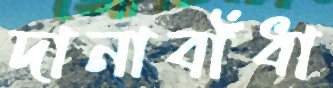
দানাবাঁধা